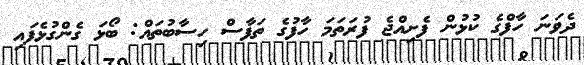
ދެވަނަ ހާފްގެ ކުޅުން ފެށިއްޖެ ފުރަތަމަ ހާފުގެ ތަފާސް ހިސާބުތައް: ބޯޅަ ގެންގުޅެފައި